65_HS1-834228961_62-HQ-83894_Section_8
Agency: FBI
Page 62
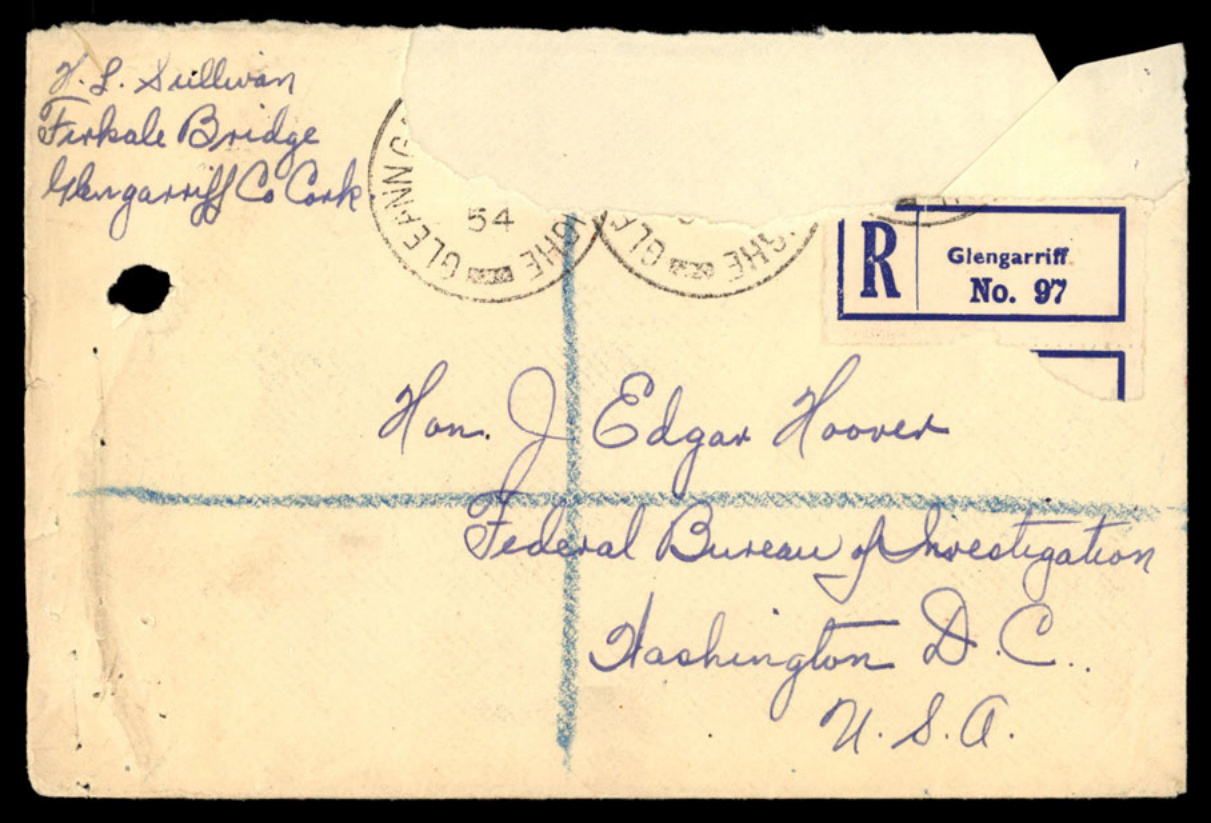